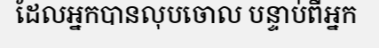
ដែលអ្នកបានលុបចោល បន្ទាប់ពីអ្នក